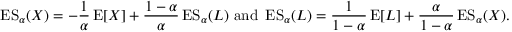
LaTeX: \operatorname { E S } _ { \alpha } ( X ) = - { \frac { 1 } { \alpha } } \operatorname { E } [ X ] + { \frac { 1 - \alpha } { \alpha } } \operatorname { E S } _ { \alpha } ( L ) { \mathrm { ~ a n d ~ } } \operatorname { E S } _ { \alpha } ( L ) = { \frac { 1 } { 1 - \alpha } } \operatorname { E } [ L ] + { \frac { \alpha } { 1 - \alpha } } \operatorname { E S } _ { \alpha } ( X ) .